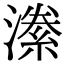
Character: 潫